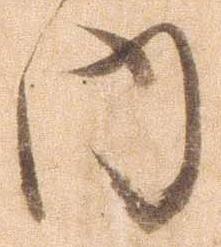
内